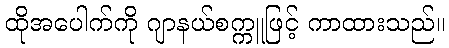
ထိုအပေါက်ကို ဂျာနယ်စက္ကူဖြင့် ကာထားသည်။